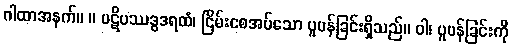
ဂါထာအနက်။ ။ ပဋိပဿဒ္ဓဒရထံ၊ ငြိမ်းစေအပ်သော ပူပန်ခြင်းရှိသည်။ ဝါ၊ ပူပန်ခြင်းကို